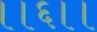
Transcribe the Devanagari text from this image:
।।६।।